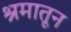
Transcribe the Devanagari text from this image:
श्रमातून